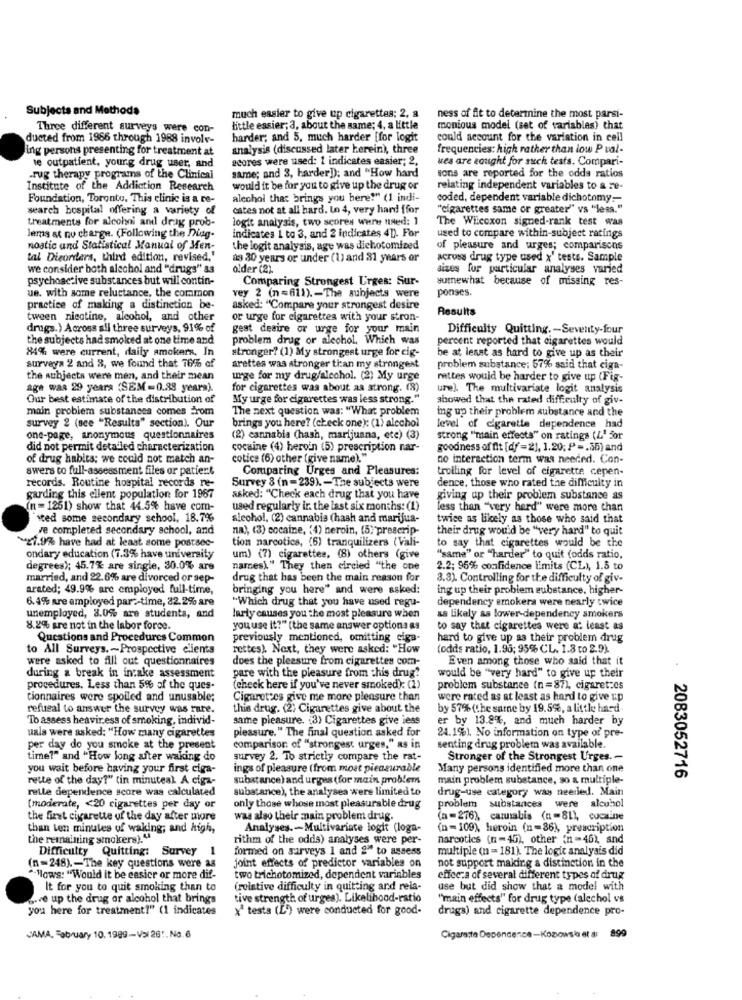
Subjects and Methods
much easier to give up cigarettes; 2, a
ness of fit to determine the most parsi-
Three different surveys were con-
little easier; 3, about the same; 4, a little
monious model (set of variables) that
ducted from 1966 through 1988 involv-
harder; and 5. much harder [for logit
could account for the variation in cell
ing persons presenting for treatment at
analysis (discussed later herein), three
frequencies: high rather than low P val-
te outpatient, yourg drug user, and
scores were used: 1 indicates easier; 2,
wes are sought for such tests. Compari-
same; and 3, harder]); and "How hard
.rug therapy programs of the Clinical
sons are reported for the odds ratios
Institute of the Addiction Research
would it be for you to give up the drug or
relating independent variables to a re-
Foundation, Toronto. This clinic is a re-
alcohol that brings you bere!" (1 indi-
coded, dependent variable dichotomy .-
search hospital offering a variety of
cates not at all hard. Lo 4, very hard ffor
"cigarettes same or greater" vs "less."
treatments for alcohni and drug prob-
logit analysis, two scores were used: 1
The Wilcoxon signed-rank test was
indicates 1 to 3, and 2 indicates 4D). For
Jems at no charge. (Following the Diag-
used to compare within-subject ratings
noatic and Statistical Manual of Men-
the logit analysis, age was dichotomized
of pleasure and urges; comparisons
tal Disorders, third edition, revised,'
a9 30 years or under (1) and 31 years or
across drug type used x' tests. Sample
we consider both alcohol and "drugs" as
older (2).
sizes for particular analyses varied
psychoactive substances but will contin-
Comparing Strongest Urges: Sur-
surewhat because of missing res-
ue. with some reluctance, the common
ponses.
vey 2 (n=611) .- The subjects were
practice of making a distinction be-
asked: "Compare your strongest desire
Results
tween nicotine, alcohol, and other
or urge for cigarettes with your stron-
drugs.) Across all three surveys, 91% of
gest deaire or urge for your main
Difficulty Quitting. - Seventy-four
the subjects had smoked at one time and
problem drug or alcohol, Which was
percent reported that cigarettes would
84% were current, daily amokers. In
stronger? (1) My strongest urge for cig-
surveys 2 and 8, we found that 76% of
be at least as hard to give up as their
arettes was stronger than my strongest
problem substance: 57% said that ciga-
the subjects were men, and their mean
unge for my drug/alcohol. (2) My urge
rettes would be harder to give up (Fig-
age waa 29 years (SEM=0.88 years).
for cigarettes was about as strong. (8)
ure). The multivariate logit analysis
Our best estimate of the distribution of
My urge for cigarettes was less strong."
showed that the rated difficulty of giv-
main problem substances comes From
The next question was: "What problem
ing up their problem substance and the
brings you here? (check one): (1) alcohol
survey 2 (see "Results" section). Our
level of cigarette dependence had
one-page, anonymous questionnaires
(2) cannabia (hash, marijuana, etc) (3)
strong "main effects" on ratings (L' for
did not permit detailed characterization
cocaine (4) heroin (5) prescription nar-
goodness of fit [df = 2], 1.20; P -. 55) and
of drug habits; we could not match an-
cotice (6) other (give name).""
no interaction term was needed. Con-
swers to full-assessment files or patient
Comparing Urges and Pleasures:
trolling for level of cigarette cepen-
records. Routine hospital records re-
Survey 8 (n =239). - The subjects were
dence, those who rated the difficulty in
garding this ellent population for 1987
asked: "Check each drug that you have
giving up their problem substance as
(n = 1251) show that 44.5% have com-
used regularly ir. the last six months: (1)
less than "very hard" were more than
sted some secondary school, 18.7%
slechol, (2) cannabis (hash and marijua-
twice as likely as those who said that
ve completed secondary school, and
na), (3) cocaine, (4) neroin, (5) prescrip-
their drug would be "very hard" to quit
tion narcotics, (6) tranquilizers ( Vali-
to say that cigarettes would be the
21.9% have had at least some postsec-
ondary education (7.3% have university
um) (7) cigarettes, (8) others (give
"same" or "harder" to quit (odds ratio,
degrees); 45.7% are single, 30.0% are
nares)." They then circled "the one
2.2; 95% confidence limits (CL), 1.8 to
married, and 22.6% are divorced or sep-
drug that has been the main reason for
3.8). Controlling for the difficulty of giv-
arated; 49.9% are employed full-time,
bringing you here" and were asked:
ing up their problem substance. higher-
6.4% are employed par ?- time, 32.2% are
"Which drug that you have used regu-
dependency emokera were nearly twice
unemployed, 8.0% are students, and
larly causes you the most pleasure when
as likely as lower-dependency smokers
8.2% are not in the labor force.
you use it?" (the same answer options as
to say that cigarettes were at least as
Questions and Procedures Common
previously mentioned, omitting eiga-
hard to give up as their problem drug
to All Surveys .- Prospective clients
rettes). Next, they were asked: "How
(odds ratio, 1.95; 95% CL. 1.8 to 2.9).
were asked to fill out questionnaires
does the pleasure from cigarettes com-
Even among those who said that it
during a break in intake assessment
.
pare with the pleasure from this drug?
would be "very hard" to give up their
procedures. Less than 5% of the ques-
(check here if you've never smoked): (1)
problem substance (n =87), cigaret:os
tionnaires were spoiled and unusable;
Cigarettes give me more pleasure than
were rated as at least as hard to give up
refusal to answer the survey was rare.
this drug. (2) Cigarettes give about the
by 57% (the sarne by 19.59%, a little hard.
To assess heavir.ess of smoking, individ-
same pleasure. (3) Cigarettes give iess
er by 13.8%, and much harder by
pleasure. " The final question asked for
uala were asked: "How many cigarettes
24.1%). No information on type of pre-
per day do you smoke at the present
comparison of "strongest urges," as in
senting drug problem was available.
time?" and "How long after waking do
survey 2. To strictly compare the rat-
Stronger of the Strongest Urges .-
you wait before having your first ciga-
ings of pleasure (from most picazurable
Many persons identified more than one
rette of the day?" cin minuteal A ciga-
substance) and urges (for main problem
main problem substance, so a multiple-
2083052716
relle dependence score was calculated
substance), the analysea were limited to
drug-use category way neerled. Main
(moderate, < 20 cigarettes per day or
only those whose most pleasurable drug
problem substances were alcohol
the first cigarette of the day after more
was also their main problem drug.
(n=276), cannabis (n=81), cocaine
than ten minutes of waking; and high,
Analyses .- Multivariate logit (loga-
(n =109), heroin (n=86), prescription
the remaining smokers)."
rithm of the odds) analyses were per-
narcotics (n=45), other (n =46), and
Difficulty Quitting: Survey
1
formed on surveys 1 and 2" to assess
multiple (n = 181). The logic analysis did
joint effects of predictor variables on
not support making a distinction in the
(n=248) .- The key questions were as
^-Mows: "Would it be easier or more dif-
two trichotomized, dependent variables
effceza of several different types of drug
It for you to quit smoking than to
(relative difficulty in quitting and reia-
use but did show that a model with
b-ve up the drug or alcohol that brings
tive strength of urges). Likelihood-ratio
"main effects" for drug type (alechol ve
you here for treatment?" (1 indicates
x tests (L') were conducted for good-
drugs) and cigarette dependence pro-
JAMA, February 10. 1989-Val 261. No.6
Cigarette Dependence -Kozlowsa et al 899